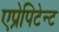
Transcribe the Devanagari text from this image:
एप्रेपिटेन्ट